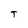
Character: T